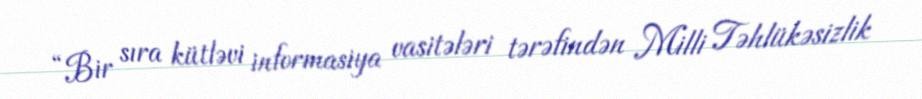
“Bir sıra kütləvi informasiya vasitələri tərəfindən Milli Təhlükəsizlik